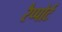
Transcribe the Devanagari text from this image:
रैप्पोर्ट